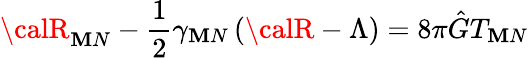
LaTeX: {\calR}_{\mathbf{M}N}-\frac{{1}}{{2}}\gamma_{\mathbf{M}N}\left({\calR}-\Lambda\right)=8\pi\hat{{G}}T_{\mathbf{M}N}